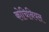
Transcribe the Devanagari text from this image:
कोचिनियल